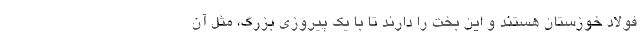
فولاد خوزستان هستند و این بخت را دارند تا با یک پیروزی بزرگ، مثل آن